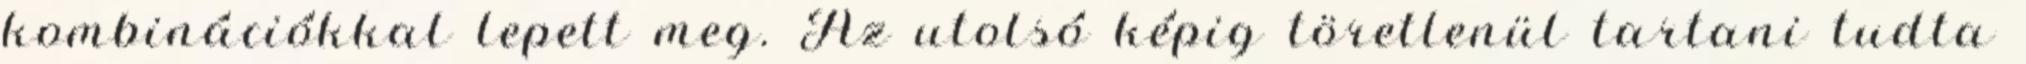
kombinációkkal lepett meg. Az utolsó képig töretlenül tartani tudta